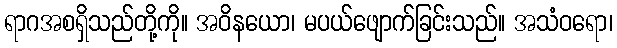
ရာဂအစရှိသည်တို့ကို။ အဝိနယော၊ မပယ်ဖျောက်ခြင်းသည်။ အသံဝရော၊